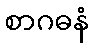
စာဂဓနံ